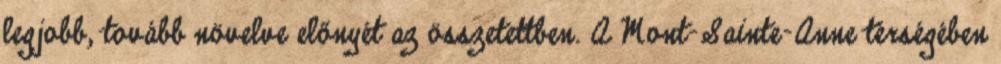
legjobb, tovább növelve előnyét az összetettben. A Mont-Sainte-Anne térségében